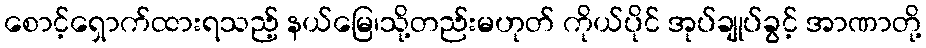
စောင့်ရှောက်ထားရသည့် နယ်မြေ၊သို့တည်းမဟုတ် ကိုယ်ပိုင် အုပ်ချုပ်ခွင့် အာဏာတို့